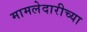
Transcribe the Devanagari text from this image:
मामलेदारीच्या